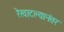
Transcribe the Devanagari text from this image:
रेखाटल्यानंतर